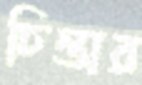
চিন্তার